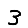
Digit: 3